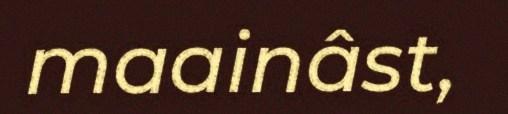
maainâst,